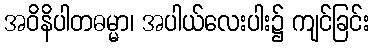
အဝိနိပါတဓမ္မာ၊ အပါယ်လေးပါး၌ ကျင်ခြင်း